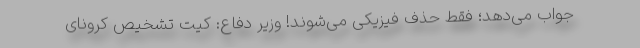
جواب می‌دهد؛ فقط حذف فیزیکی می‌شوند! وزیر دفاع: کیت تشخیص کرونای